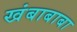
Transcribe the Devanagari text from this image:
खंबाबाबा